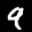
Label: 9